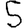
Digit: 5